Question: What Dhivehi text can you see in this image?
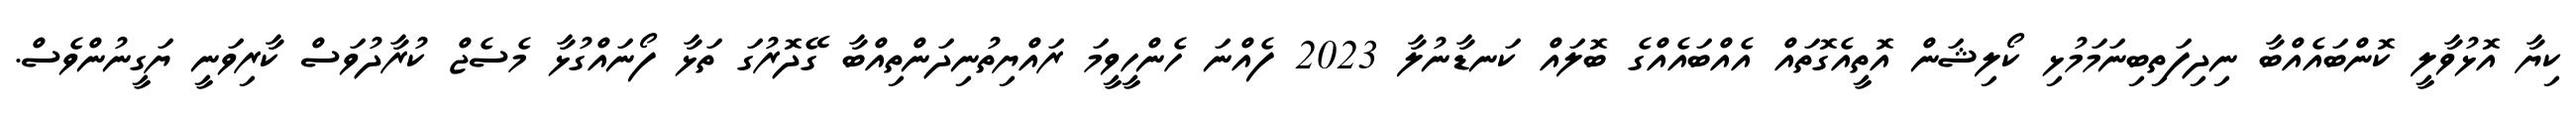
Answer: ކިޔާ އޮޅުވާލީ ކޮންބައެއްބާ ނިދިފަތިބިނަމަމުޅި ކޯލިޝަން އޮތީއެގޮތައް އެއްބައެއްގެ ބޮލައް ކަނޑާނުލާ 2023 ފެއްނަ ހެންހީވީމަ ރައްޔިތުނިދަންތިއްބާ ގޭދޮރުގަ ތަޅާ ފޯނައްގުޅާ މެސެޖް ކުރާދުވަސް ކާރިވަނީ ޔަގީނުންވެސް.